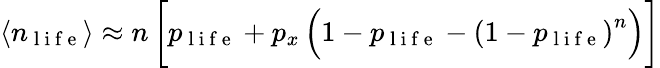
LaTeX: \langle n_{\mathrm{~l~i~f~e~}}\rangle\approx n\, \bigg[p_{\mathrm{~l~i~f~e~}}+p_{x}\, \Big(1-p_{\mathrm{~l~i~f~e~}}-\left(1-p_{\mathrm{~l~i~f~e~}}\right)^{n}\Big)\bigg]